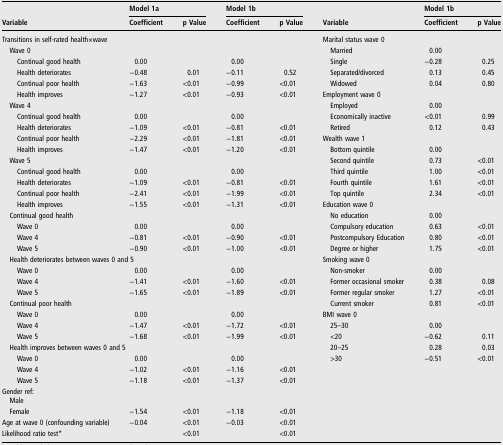
<table><thead><tr><td rowspan="2"><b>Variable</b></td><td colspan="2"><b>Model 1a</b></td><td colspan="2"><b>Model 1b</b></td><td rowspan="2"><b>Variable</b></td><td colspan="2"><b>Model 1b</b></td></tr><tr><td><b>Coefficient</b></td><td><b>p Value</b></td><td><b>Coefficient</b></td><td><b>p Value</b></td><td><b>Coefficient</b></td><td><b>p Value</b></td></tr></thead><tbody><tr><td colspan="5">Transitions in self-rated health×wave</td><td colspan="3">Marital status wave 0</td></tr><tr><td colspan="5"> Wave 0</td><td> Married</td><td>0.00</td><td></td></tr><tr><td>Continual good health</td><td>0.00</td><td></td><td>0.00</td><td></td><td> Single</td><td>−0.28</td><td>0.25</td></tr><tr><td>Health deteriorates</td><td>−0.48</td><td>0.01</td><td>−0.11</td><td>0.52</td><td> Separated/divorced</td><td>0.13</td><td>0.45</td></tr><tr><td>Continual poor health</td><td>−1.63</td><td>&lt;0.01</td><td>−0.99</td><td>&lt;0.01</td><td> Widowed</td><td>0.04</td><td>0.80</td></tr><tr><td>Health improves</td><td>−1.27</td><td>&lt;0.01</td><td>−0.93</td><td>&lt;0.01</td><td colspan="3">Employment wave 0</td></tr><tr><td colspan="5"> Wave 4</td><td> Employed</td><td>0.00</td><td></td></tr><tr><td>Continual good health</td><td>0.00</td><td></td><td>0.00</td><td></td><td> Economically inactive</td><td>&lt;0.01</td><td>0.99</td></tr><tr><td>Health deteriorates</td><td>−1.09</td><td>&lt;0.01</td><td>−0.81</td><td>&lt;0.01</td><td> Retired</td><td>0.12</td><td>0.43</td></tr><tr><td>Continual poor health</td><td>−2.29</td><td>&lt;0.01</td><td>−1.81</td><td>&lt;0.01</td><td colspan="3">Wealth wave 1</td></tr><tr><td>Health improves</td><td>−1.47</td><td>&lt;0.01</td><td>−1.20</td><td>&lt;0.01</td><td> Bottom quintile</td><td>0.00</td><td></td></tr><tr><td colspan="5"> Wave 5</td><td> Second quintile</td><td>0.73</td><td>&lt;0.01</td></tr><tr><td>Continual good health</td><td>0.00</td><td></td><td>0.00</td><td></td><td> Third quintile</td><td>1.00</td><td>&lt;0.01</td></tr><tr><td>Health deteriorates</td><td>−1.09</td><td>&lt;0.01</td><td>−0.81</td><td>&lt;0.01</td><td> Fourth quintile</td><td>1.61</td><td>&lt;0.01</td></tr><tr><td>Continual poor health</td><td>−2.41</td><td>&lt;0.01</td><td>−1.99</td><td>&lt;0.01</td><td> Top quintile</td><td>2.34</td><td>&lt;0.01</td></tr><tr><td>Health improves</td><td>−1.55</td><td>&lt;0.01</td><td>−1.31</td><td>&lt;0.01</td><td colspan="3">Education wave 0</td></tr><tr><td colspan="5"> Continual good health</td><td> No education</td><td>0.00</td><td></td></tr><tr><td>Wave 0</td><td>0.00</td><td></td><td>0.00</td><td></td><td> Compulsory education</td><td>0.63</td><td>&lt;0.01</td></tr><tr><td>Wave 4</td><td>−0.81</td><td>&lt;0.01</td><td>−0.90</td><td>&lt;0.01</td><td> Postcompulsory Education</td><td>0.80</td><td>&lt;0.01</td></tr><tr><td>Wave 5</td><td>−0.90</td><td>&lt;0.01</td><td>−1.00</td><td>&lt;0.01</td><td> Degree or higher</td><td>1.75</td><td>&lt;0.01</td></tr><tr><td colspan="5"> Health deteriorates between waves 0 and 5</td><td colspan="3">Smoking wave 0</td></tr><tr><td>Wave 0</td><td>0.00</td><td></td><td>0.00</td><td></td><td> Non-smoker</td><td>0.00</td><td></td></tr><tr><td>Wave 4</td><td>−1.41</td><td>&lt;0.01</td><td>−1.60</td><td>&lt;0.01</td><td> Former occasional smoker</td><td>0.38</td><td>0.08</td></tr><tr><td>Wave 5</td><td>−1.65</td><td>&lt;0.01</td><td>−1.89</td><td>&lt;0.01</td><td> Former regular smoker</td><td>1.27</td><td>&lt;0.01</td></tr><tr><td colspan="5"> Continual poor health</td><td> Current smoker</td><td>0.81</td><td>&lt;0.01</td></tr><tr><td>Wave 0</td><td>0.00</td><td></td><td>0.00</td><td></td><td colspan="3">BMI wave 0</td></tr><tr><td>Wave 4</td><td>−1.47</td><td>&lt;0.01</td><td>−1.72</td><td>&lt;0.01</td><td> 25–30</td><td>0.00</td><td></td></tr><tr><td>Wave 5</td><td>−1.68</td><td>&lt;0.01</td><td>−1.99</td><td>&lt;0.01</td><td> &lt;20</td><td>−0.62</td><td>0.11</td></tr><tr><td colspan="5"> Health improves between waves 0 and 5</td><td> 20–25</td><td>0.28</td><td>0.03</td></tr><tr><td>Wave 0</td><td>0.00</td><td></td><td>0.00</td><td></td><td> &gt;30</td><td>−0.51</td><td>&lt;0.01</td></tr><tr><td>Wave 4</td><td>−1.02</td><td>&lt;0.01</td><td>−1.16</td><td>&lt;0.01</td><td></td><td></td><td></td></tr><tr><td>Wave 5</td><td>−1.18</td><td>&lt;0.01</td><td>−1.37</td><td>&lt;0.01</td><td></td><td></td><td></td></tr><tr><td colspan="5">Gender ref: Male</td><td></td><td></td><td></td></tr><tr><td> Female</td><td>−1.54</td><td>&lt;0.01</td><td>−1.18</td><td>&lt;0.01</td><td></td><td></td><td></td></tr><tr><td>Age at wave 0 (confounding variable)</td><td>−0.04</td><td>&lt;0.01</td><td>−0.03</td><td>&lt;0.01</td><td></td><td></td><td></td></tr><tr><td>Likelihood ratio test*</td><td></td><td>&lt;0.01</td><td></td><td>&lt;0.01</td><td></td><td></td><td></td></tr></tbody></table>